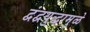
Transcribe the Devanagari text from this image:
द्वंद्वयुद्धामुळे